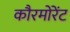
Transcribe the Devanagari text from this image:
कौरमोरेंट